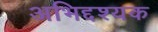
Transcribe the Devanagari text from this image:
अभिद्दश्यक